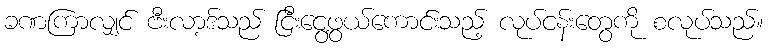
ခဏကြာလျှင် ဗီးလာ့ဒ်သည် ငြီးငွေ့ဖွယ်ကောင်းသည့် လုပ်ငန်းတွေကို စလုပ်သည်။